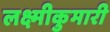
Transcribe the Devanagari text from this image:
लक्ष्मीकुमारी